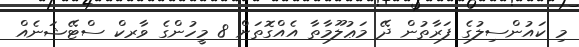
މި ކައުންސިލުގެ ފަރާތުން ދޭ މަޢުލޫމާތާ އެއްގޮތަށް 8 މީހުންގެ ވާރކް ސްޓޭޝަނެއް